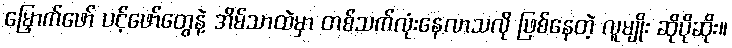
မြှောက်ဖော် ပင့်ဖော်တွေနဲ့ အိမ်သာထဲမှာ တစ်သက်လုံးနေလာသလို ဖြစ်နေတဲ့ လူမျိုး ဆိုပိုဆိုး။